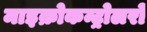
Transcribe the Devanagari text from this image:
माइक्रोकन्ट्रोलरों